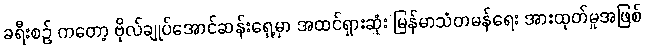
ခရီးစဉ် ကတော့ ဗိုလ်ချုပ်အောင်ဆန်းရှေ့မှာ အထင်ရှားဆုံး မြန်မာသံတမန်ရေး အားထုတ်မှုအဖြစ်